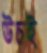
উচই